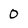
Character: 0